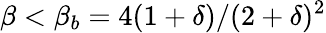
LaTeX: \beta<\beta_{b}=4(1+\delta)/(2+\delta)^{2}